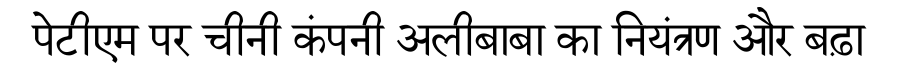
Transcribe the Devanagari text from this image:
पेटीएम पर चीनी कंपनी अलीबाबा का नियंत्रण और बढ़ा